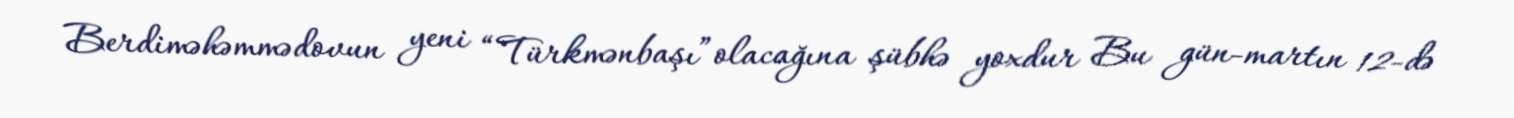
Berdiməhəmmədovun yeni “Türkmənbaşı”olacağına şübhə yoxdur Bu gün-martın 12-də